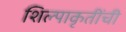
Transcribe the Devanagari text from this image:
शिल्पाकृतींची